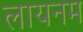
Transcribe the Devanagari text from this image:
लायनम